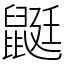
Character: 鼮